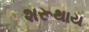
શરૂથાય